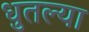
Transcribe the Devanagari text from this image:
धुतल्या